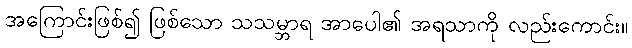
အကြောင်းဖြစ်၍ ဖြစ်သော သသမ္ဘာရ အာပေါ၏ အရသာကို လည်းကောင်း။